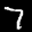
Label: 7